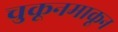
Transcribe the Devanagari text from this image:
चुकूनमाकून